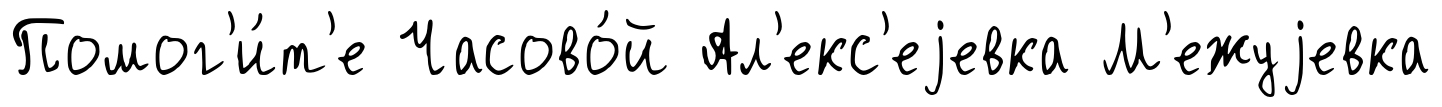
Помог'и́т'е Часово́й Ал'екс'еjевка М'ежуjевка